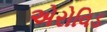
એરોવિડ